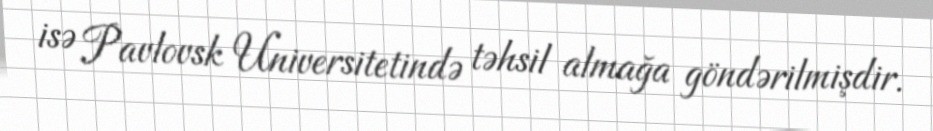
isə Pavlovsk Universitetində təhsil almağa göndərilmişdir.